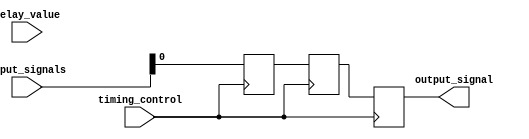
module Timing_Control_and_Synchronization_Multiplexer_Delay (
    input wire [7:0] input_signals,
    input wire timing_control,
    input wire [3:0] delay_value,
    output reg output_signal
    );

    reg [7:0] synchronized_signals;
    reg [7:0] delayed_signals;

    always @ (posedge timing_control) begin
        synchronized_signals <= input_signals;
    end

    always @ (posedge timing_control) begin
        #delay_value delayed_signals <= synchronized_signals;
    end

    always @ (posedge timing_control) begin
        output_signal <= delayed_signals;
    end

endmodule